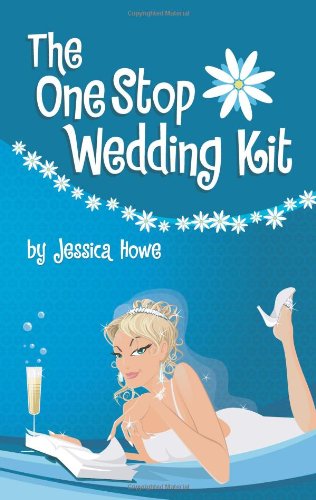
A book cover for The One Stop Wedding Kit; Jessica Howe; Crafts, Hobbies & Home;